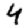
Digit: 4